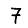
Digit: 7